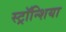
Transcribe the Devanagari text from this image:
स्ट्रॉन्शिया